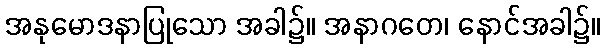
အနုမောဒနာပြုသော အခါ၌။ အနာဂတေ၊ နောင်အခါ၌။